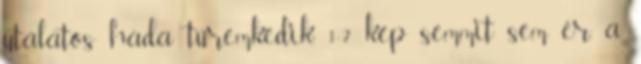
utálatos hada türemkedik. 1-2 kép semmit sem ér, a